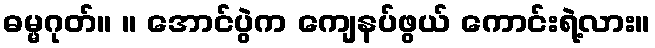
ဓမ္မဂုတ်။ ။ အောင်ပွဲက ကျေနပ်ဖွယ် ကောင်းရဲ့လား။